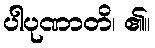
ပါပုဏာတိ၊ ၏။